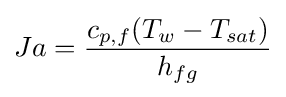
Ja={\frac {c_{p,f}(T_{w}-T_{sat})}{h_{fg}}}